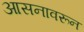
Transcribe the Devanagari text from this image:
आसनावरून